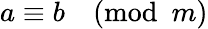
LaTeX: a\equiv b{\pmod{m}}